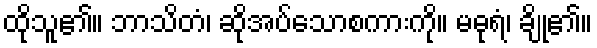
ထိုသူ၏။ ဘာသိတံ၊ ဆိုအပ်သောစကားကို။ မဓုရံ၊ ချို၏။